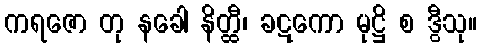
ကရဇော တု နခေါ နိတ္ထီ၊ ခဋကော မုဋ္ဌိ စ ဒွီသု။